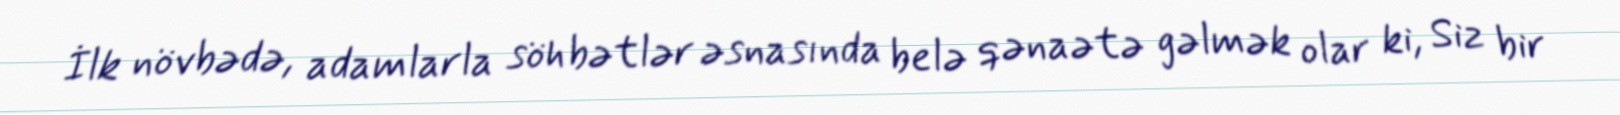
İlk növbədə, adamlarla söhbətlər əsnasında belə qənaətə gəlmək olar ki, Siz bir